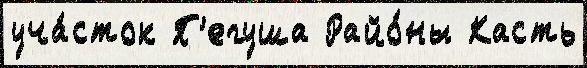
уча́сток П'егуша Райо́ны Касть